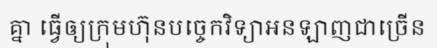
គ្នា ធ្វើឲ្យក្រុមហ៊ុនបច្ចេកវិទ្យាអនឡាញជាច្រើន